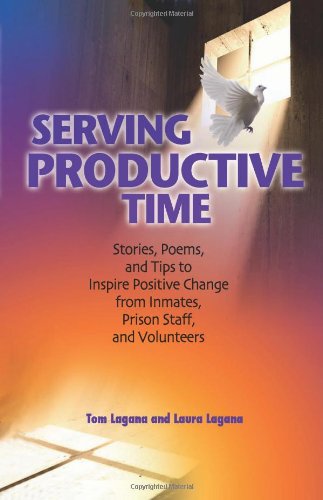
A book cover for Serving Productive Time: Stories, Poems, and Tips to Inspire Positive Change from Inmates, Prison Staff, and Volunteers; Tom Lagana; Business & Money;